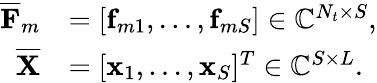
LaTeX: \begin{array}{rl}{\overline{{{\mathbf{F}}}}_{m}}&{=[{\mathbf{f}}_{m1},\ldots,{\mathbf{f}}_{mS}]\in\mathbb{C}^{N_{t}\times S},}\\ {\overline{{{\mathbf{X}}}}}&{=[{\mathbf{x}}_{1},\ldots,{\mathbf{x}}_{S}]^{T}\in\mathbb{C}^{S\times L}.}\end{array}